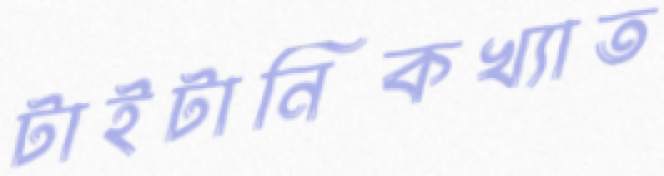
টাইটানিকখ্যাত